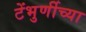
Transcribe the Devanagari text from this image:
टेंभुर्णीच्या